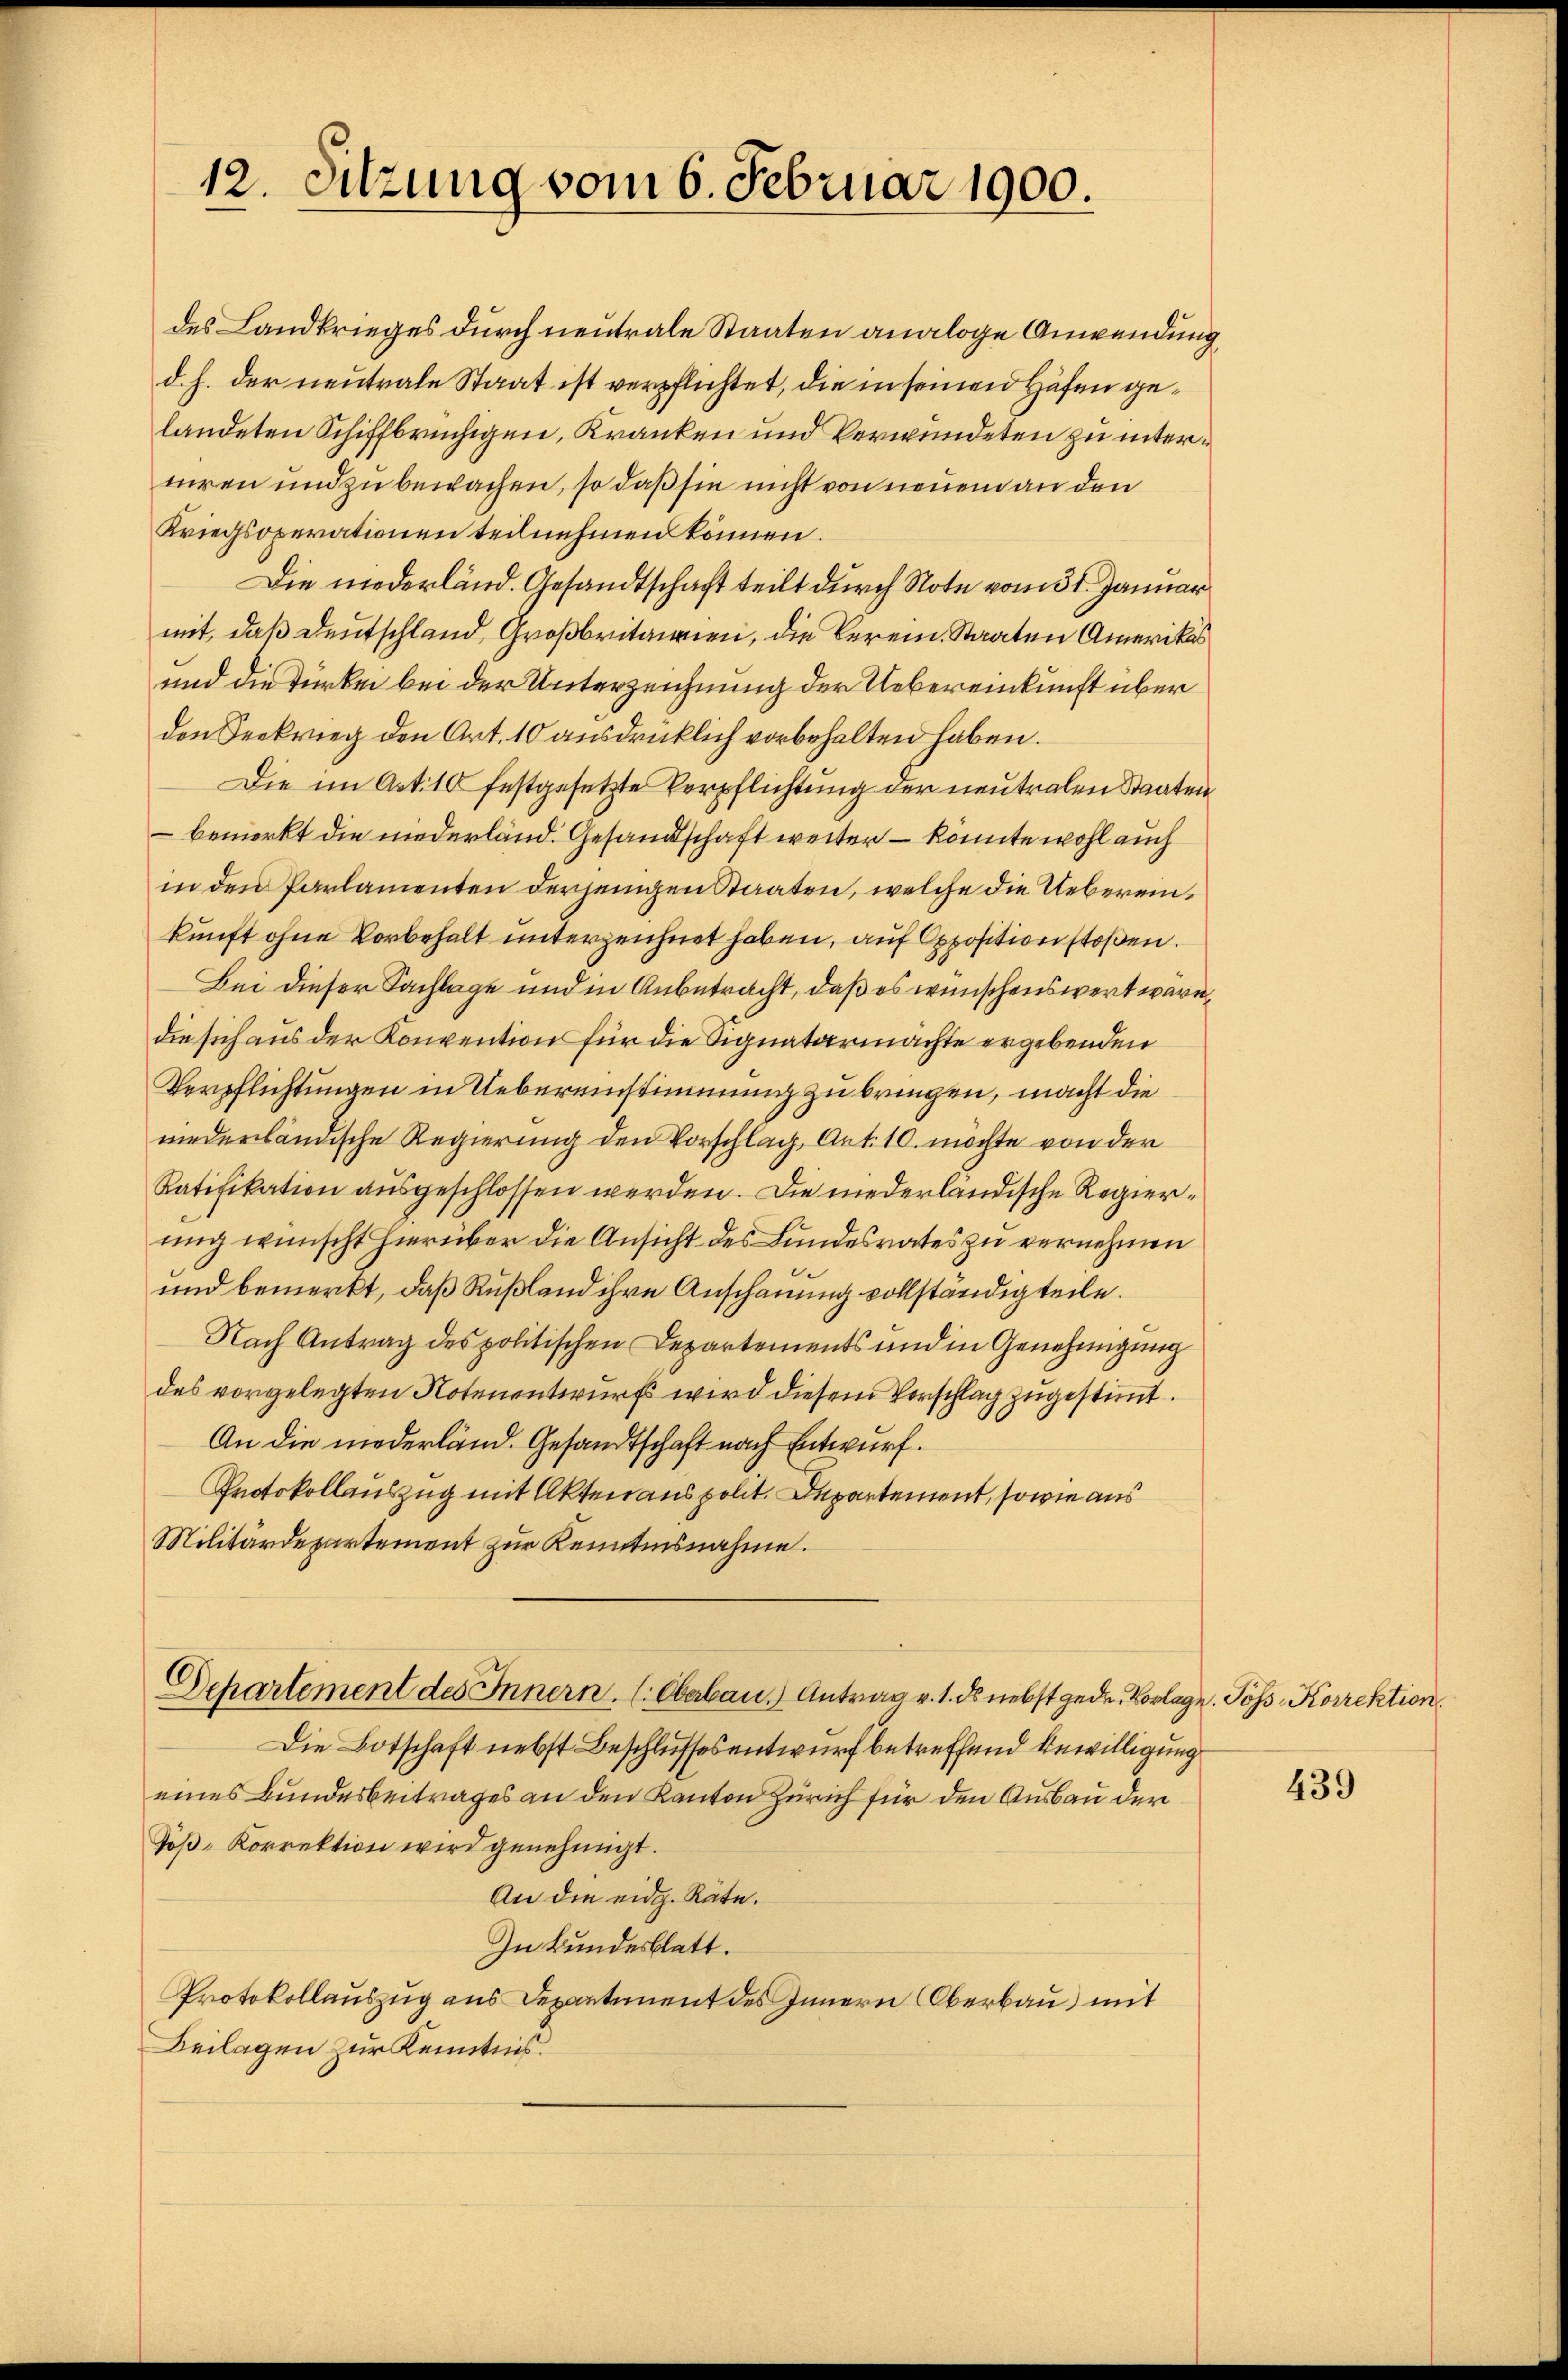
12. Sitzung vom 6. Februar 1900.

des Landkrieges durch neutrale Staaten analoge Anwendung
d. h. der neutrale Staat ist verpflichtet, die in seinen Höfen gelandeten Schiffbrüchigen, Kranken und Verwundeten zu intertiren und zu bewachen, so daß sie nicht von neuem an den
Kriegsoperationen teilnehmen können.
Die niederländ. Gesandtschaft teilt durch Note vom 31. Januar
mit, daß Deutschland, Großbritairen, die Verein. Staaten Amerikas
und die Türken bei der Unterzeichnung der Uebereinkunft über
den Seekrieg den Art. 10 ausdrücklich vorbehalten haben.
Die im Art. 10 festgesetzte Verpflichtung der neutralen Staaten
 bemerkt die niederländ. Gesandtschaft weiter – könnte wohl auch
in den Parlamenten derjenigen Staaten, welche die Uebereinkunft ohne Vorbehalt unterzeichnet haben, auf Oppositionstoßen.
Bei dieser Sachlage und in Anbetracht, daß es wünschenswert warudie sich aus der Konvention für die Signatarmachte ergebenden
Verpflichtungen in Uebereinstimmung zu bringen, macht die
niederländische Regierung den Vorschlag, Art. 10. möchte von der
Ratifikation ausgeschlossen werden. Die niederländische Regierung wünscht hierüber die Ansicht des Bundesrates zu vernehmen
und bemerkt, daß Rußland ihre Anschauung vollständig teile.
Nach Antrag des politischen Departements und in Genehmigung
des vorgelegten Notenentwurf wird diesem Vorschlag zugestimmt.
An die niederländ. Gesandtschaft nach Entwurf.
Protokollauszug mit Akten aus polit. Departement, sowie aus
Militärdepartement zur Kenntnisnahme.

Die Botschaft nebst Beschlussesentwurf betreffend Bewilligung
eines Bundesbeitrages an den Kanton Zürich für den Ausbau der
Töß-Korrektion wird genehmigt.
An die eidg. Räte.
In Bundesblatt.
Protokollauszug aus Departement des Innern Oberbau) mit
Beilagen zur Kenntnis.

Departement des Innern. (Oberbau.) Antrag v. 1. ds nebst gede. Vorlage. Poss Korrektion.

439